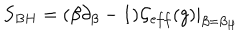
LaTeX: S _ { B H } = ( \beta \partial _ { \beta } - 1 ) { \cal G } _ { e f f } ( g ) | _ { \beta = \beta _ { H } }